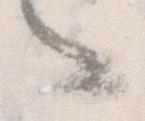
々